Report on lock hospitals in British Burma
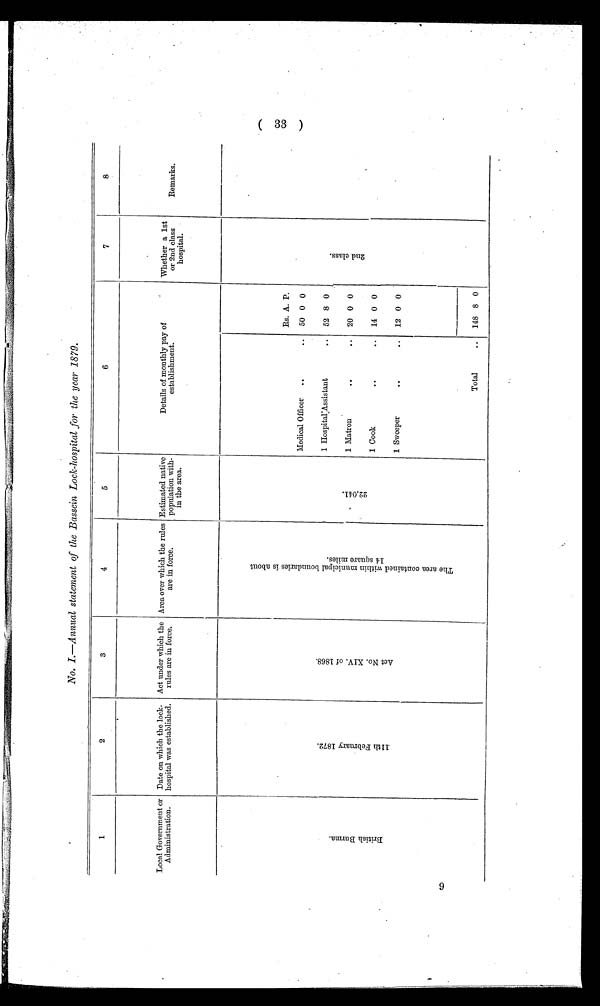
(33)
No. I.—Annual statement of the Bassein Lock-hospital for the year 2879.
1
2
3
4
5
6
7
8
Local Government or
Administration.
Date on which the lock-
hospital was established.
Act under which the
rules are in force.
Area over which the rules
are in force.
Estimated native
population with-
in the area.
Details of monthly pay of
establishment.
Whether a 1st
or 2nd class
hospital.
Remarks.
B r i t i s h B u r m a .
1 1 t h F e b r u a r y . 1 8 7 2 .
6
A c t N o . X I V . o f 1 8 6 8 .
T h e a r e a c o n t a i n e d w i t h i n m u n i c i p a l b o u n d a r i e s i s a b o u t 1 4 s q u a r e m i l e s .
2 2 , 0 4 1 .
Rs. A. P.
2 n d c l a s s .
Medical Officer
.. 50 0 0
1 Hospital:Assistant
52 8 0
1 Matron
.. 20 0 0
1 Cook
..
..
14 0 0
1 Sweeper
..
..
12 0 0
Total
..
148 8 0